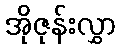
အိုဇုန်းလွှာ